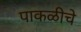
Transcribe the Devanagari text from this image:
पाकळीचे